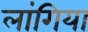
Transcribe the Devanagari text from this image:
लांगिया